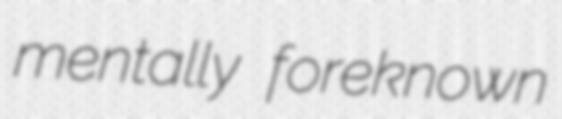
mentally foreknown